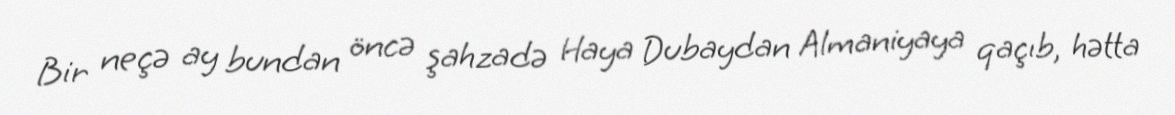
Bir neçə ay bundan öncə şahzadə Haya Dubaydan Almaniyaya qaçıb, hətta